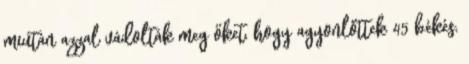
miután azzal vádolták meg őket, hogy agyonlőttek 45 békés,